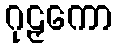
ဂုဠှကော